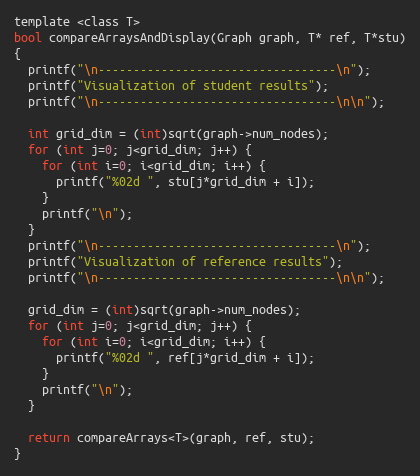
Language: C
template <class T>
bool compareArraysAndDisplay(Graph graph, T* ref, T*stu)
{
  printf("\n----------------------------------\n");
  printf("Visualization of student results");
  printf("\n----------------------------------\n\n");

  int grid_dim = (int)sqrt(graph->num_nodes);
  for (int j=0; j<grid_dim; j++) {
    for (int i=0; i<grid_dim; i++) {
      printf("%02d ", stu[j*grid_dim + i]);
    }
    printf("\n");
  }
  printf("\n----------------------------------\n");
  printf("Visualization of reference results");
  printf("\n----------------------------------\n\n");

  grid_dim = (int)sqrt(graph->num_nodes);
  for (int j=0; j<grid_dim; j++) {
    for (int i=0; i<grid_dim; i++) {
      printf("%02d ", ref[j*grid_dim + i]);
    }
    printf("\n");
  }

  return compareArrays<T>(graph, ref, stu);
}